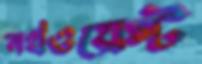
নর্থওয়েস্ট